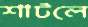
শাটলে